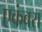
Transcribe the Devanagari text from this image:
एकंबरा